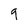
Character: 9